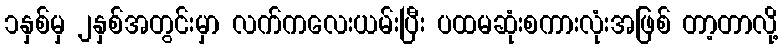
၁နှစ်မှ ၂နှစ်အတွင်းမှာ လက်ကလေးယမ်းပြီး ပထမဆုံးစကားလုံးအဖြစ် တာ့တာလို့